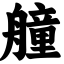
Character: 艟